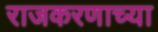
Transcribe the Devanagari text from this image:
राजकरणाच्या